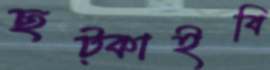
ছট্‌কাইবি